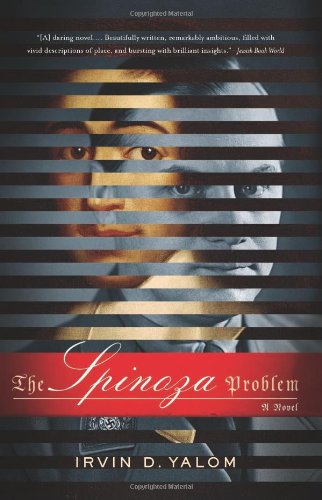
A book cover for The Spinoza Problem: A Novel; Irvin D. Yalom; Literature & Fiction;